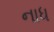
નાધ